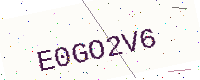
Text: E0GO2V6